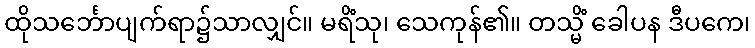
ထိုသင်္ဘောပျက်ရာ၌သာလျှင်။ မရိံသု၊ သေကုန်၏။ တသ္မိံ ခေါပန ဒီပကေ၊